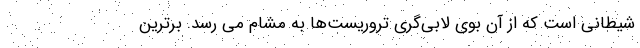
شیطانی است که از آن بوی لابی‌گری تروریست‌ها به مشام می رسد. برترین